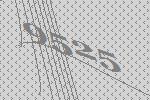
9525